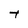
Character: t